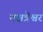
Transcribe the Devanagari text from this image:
नक्षत्रेश्वर